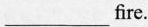
___fire.